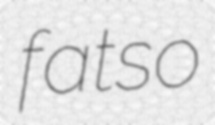
fatso